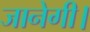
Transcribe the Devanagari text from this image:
जानेगी।